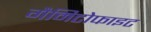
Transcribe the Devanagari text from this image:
गैमिटोफाइट